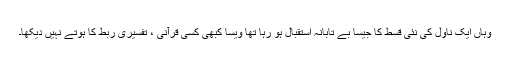
وہاں ایک ناول کی نئی قسط کا جیسا بے تابانہ استقبال ہو رہا تھا ویسا کبھی کسی قرآنی ، تفسیری ربط کا ہوتے نہیں دیکھا۔